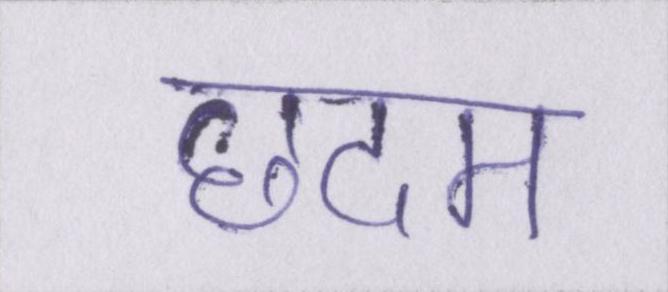
छदम